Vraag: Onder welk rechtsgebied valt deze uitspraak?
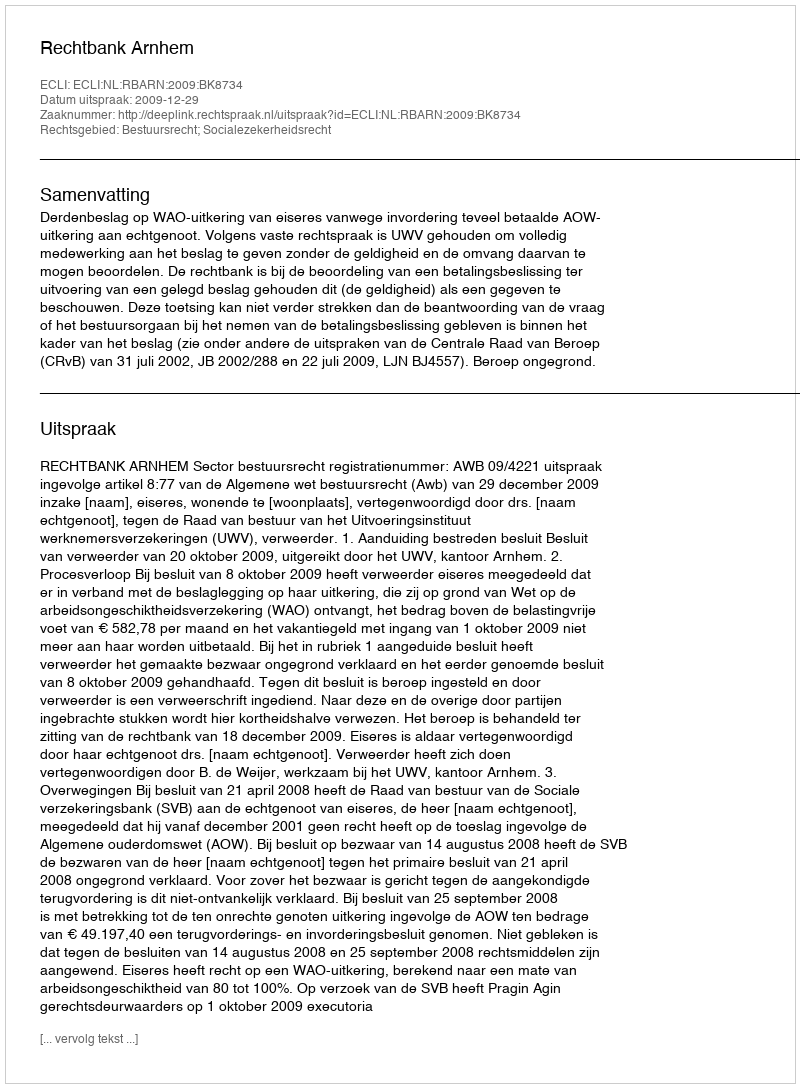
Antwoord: Bestuursrecht; Socialezekerheidsrecht